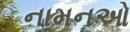
નામનઓ